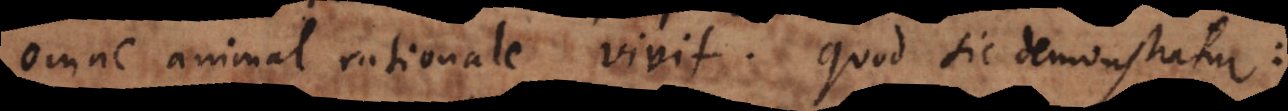
omne animal rationale vivit. Quod sic demonstratur: